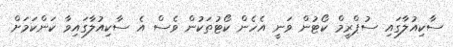
ސާކިއުލާގައި ސުޕްރީމް ކޯޓުން ވަނީ އެހެން ކޯޓުތަކުން ވެސް އެ ސާކިއުލާގައިވާ ކަންކަމަށް